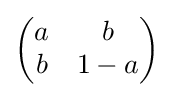
{\begin{pmatrix}a&b\\b&1-a\end{pmatrix}}